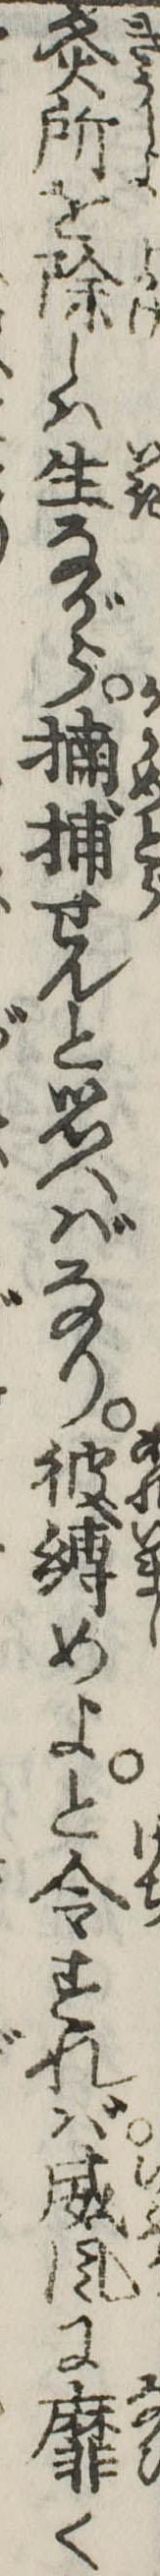
灸所を除しは生ながら捕せんと思へばなり彼縛めよと令すれば威風に靡く